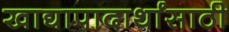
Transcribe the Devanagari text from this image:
खाद्यापादार्थांसाठी